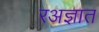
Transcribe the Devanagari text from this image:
रअज्ञात